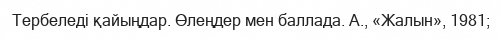
Тербеледі қайыңдар. Өлеңдер мен баллада. А., «Жалын», 1981;